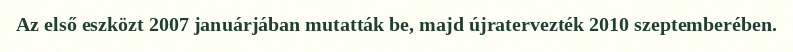
Az első eszközt 2007 januárjában mutatták be, majd újratervezték 2010 szeptemberében.